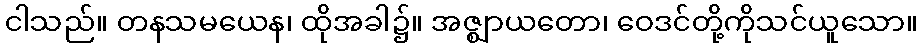
ငါသည်။ တနသမယေန၊ ထိုအခါ၌။ အဇ္ဈာယတော၊ ဝေဒင်တို့ကိုသင်ယူသော။